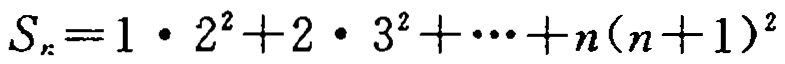
\[S_{n}=1\cdot 2^{2}+2\cdot 3^{2}+\cdots +n(n + 1)^{2}\]